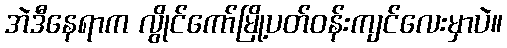
အဲဒီနေရာက လွိုင်ကော်မြို့ပတ်ဝန်းကျင်လေးမှာပဲ။